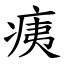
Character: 痍